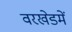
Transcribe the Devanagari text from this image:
वरखेडमें